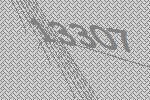
13307